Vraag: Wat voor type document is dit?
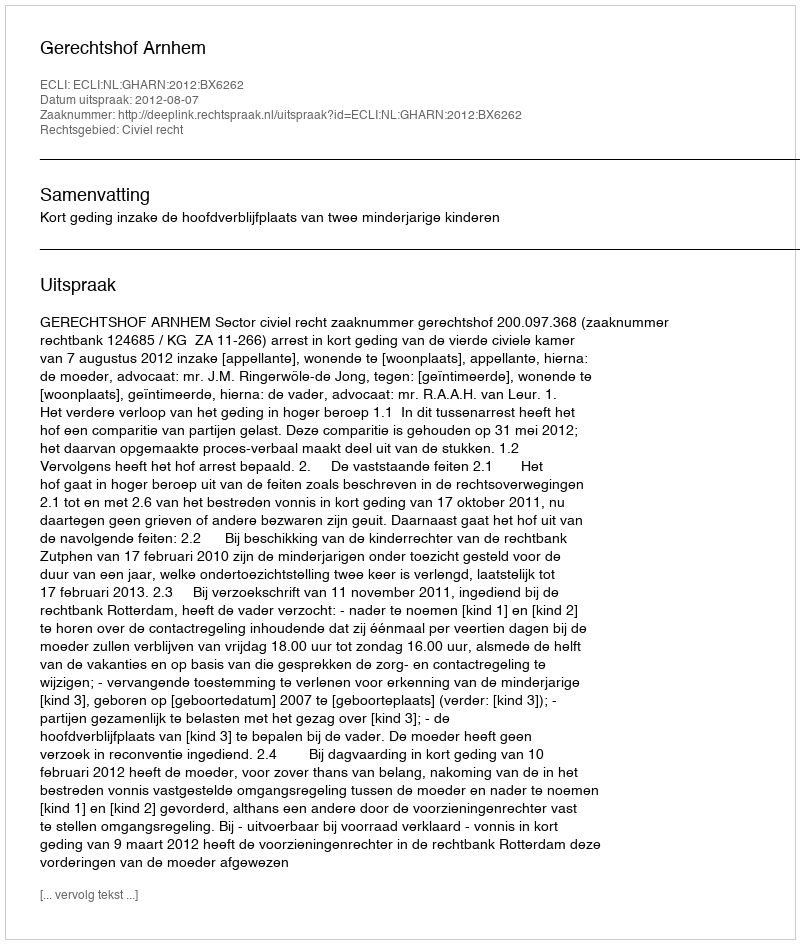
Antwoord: Uitspraak